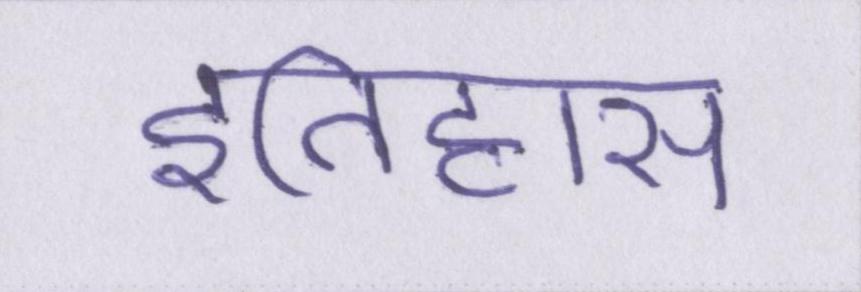
इतिहास